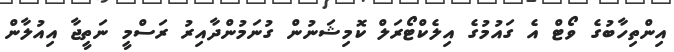
އިންތިހާބުގެ ވޯޓް އެ ގައުމުގެ އިލެކްޓޯރަލް ކޮމިޝަނުން ގުނަމުންދާއިރު ރަސްމީ ނަތީޖާ އިއުލާން